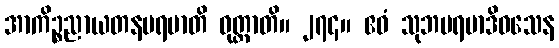
အာကိဉ္စညာယတနပရမာတိ ဝုတ္တာတိ။ ၂၇၄။ ဧဝံ သုဘပရမာဒိဝသေန